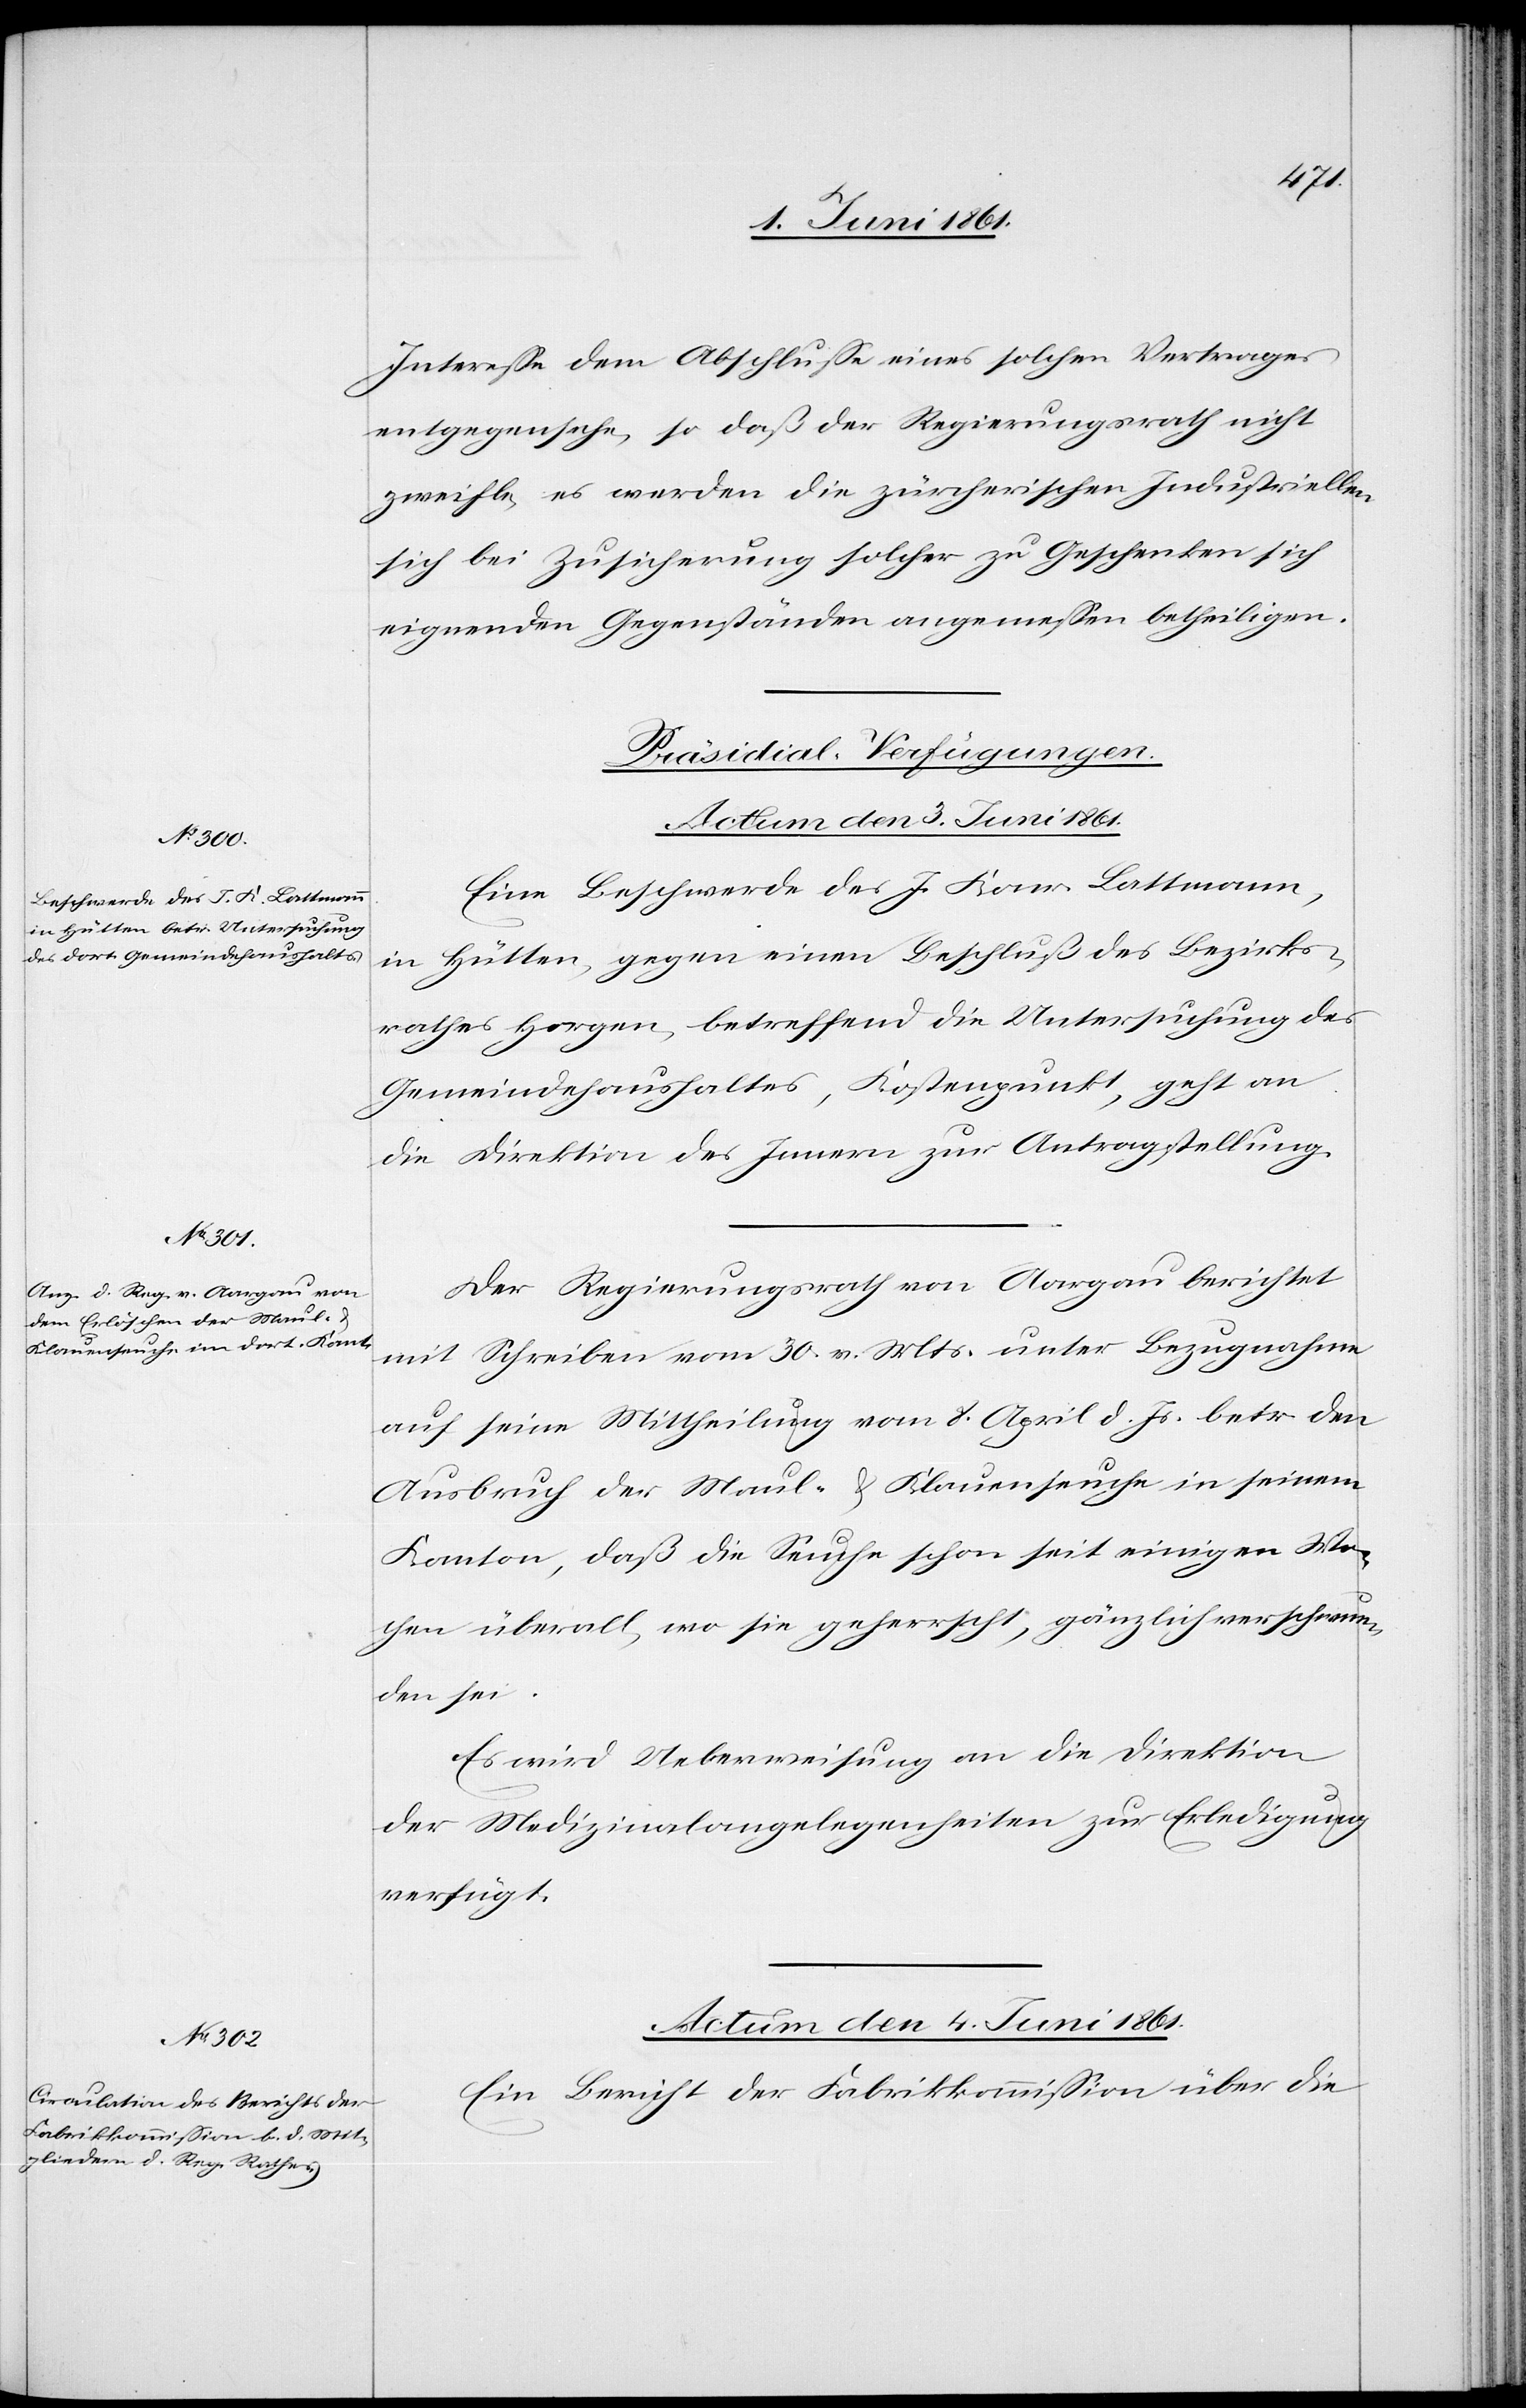
Interesse den Abschlusse eines solchen Vertrags
entgegensehe, so daß der Regierungsrath nicht
zweifle, es werden die zürcherischen Industriellen
sich bei Zusicherung solcher zu Geschenken sich
eignenden Gegenständen angemessen betheiligen.
[Präsidial-Verfügungen.]
Actum den 3. Juni 1861.]
Eine Beschwerde des J. Konr. Lattmann,
in Hütten, gegen einen Beschluß des Bezirks¬
rathes Horgen, betreffend die Untersuchung des
geht an
Gemeindehaushaltes, Kostenpunkt,
die Direktion des Innern zur Antragstellung.
Der Regierungsrath von Aargau berichtet
mit Schreiben vom 30. v. Mts. unter Bezugnahme
auf seine Mittheilung vom 8. April d. Js. betr. den
Ausbruch der Maul- u. Klauenseuche in seinem
Kanton, daß die Seuche schon seit einigen Wo¬
chen überall, wo sie geherrscht, gänzlich verschwun¬
den sei.
Es wird Ueberweisung an die Direktion
der Medizinalangelegenheiten zur Erledigung
verfügt.
Actum den 4. Juni 1861.
Ein Bericht der Fabrikkommission über die